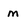
Character: m